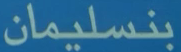
بنسليمان